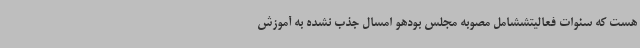
هست که سنوات فعالیتششامل مصوبه مجلس بودهو امسال جذب نشده به آموزش